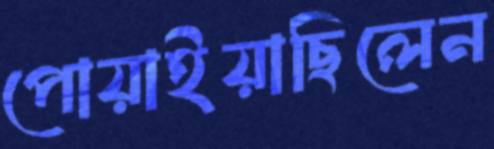
পোয়াইয়াছিলেন